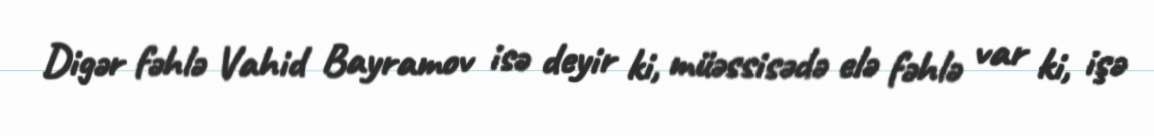
Digər fəhlə Vahid Bayramov isə deyir ki, müəssisədə elə fəhlə var ki, işə